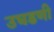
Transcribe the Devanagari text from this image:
उघडणी